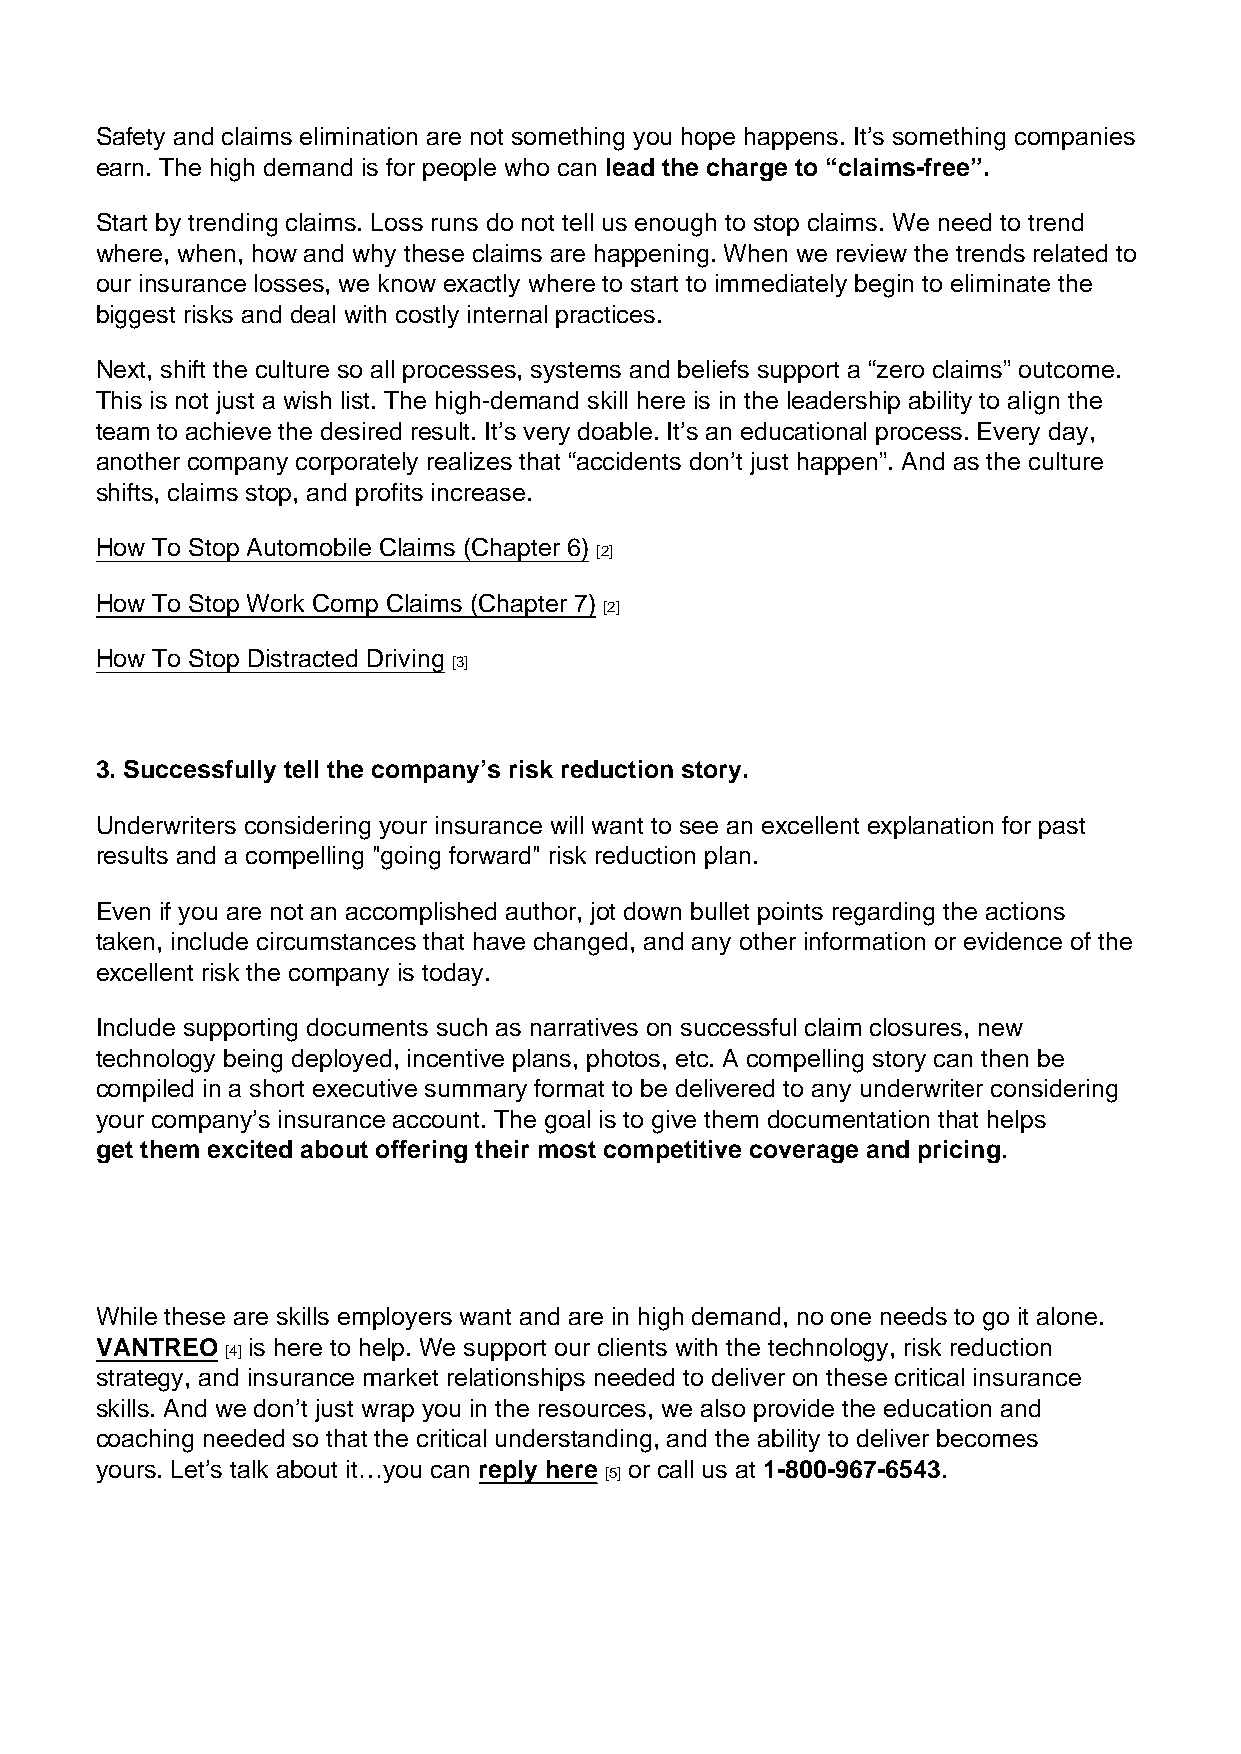
Safety and claims elimination are not something you hope happens. It’s something companies
 earn. The high demand is for people who can lead the charge to “claims-free”.
 Start by trending claims. Loss runs do not tell us enough to stop claims. We need to trend
 where, when, how and why these claims are happening. When we review the trends related to
 our insurance losses, we know exactly where to start to immediately begin to eliminate the
 biggest risks and deal with costly internal practices.
 Next, shift the culture so all processes, systems and beliefs support a “zero claims” outcome.
 This is not just a wish list. The high-demand skill here is in the leadership ability to align the
 team to achieve the desired result. It’s very doable. It’s an educational process. Every day,
 another company corporately realizes that “accidents don’t just happen”. And as the culture
 shifts, claims stop, and profits increase.
 How To Stop Automobile Claims (Chapter 6)
 [2]
 How To Stop Work Comp Claims (Chapter 7)
 [2]
 How To Stop Distracted Driving
 [3]
 3. Successfully tell the company’s risk reduction story.
 Underwriters considering your insurance will want to see an excellent explanation for past
 results and a compelling "going forward" risk reduction plan.
 Even if you are not an accomplished author, jot down bullet points regarding the actions
 taken, include circumstances that have changed, and any other information or evidence of the
 excellent risk the company is today.
 Include supporting documents such as narratives on successful claim closures, new
 technology being deployed, incentive plans, photos, etc. A compelling story can then be
 compiled in a short executive summary format to be delivered to any underwriter considering
 your company’s insurance account. The goal is to give them documentation that helps
 get them excited about offering their most competitive coverage and pricing.
 While these are skills employers want and are in high demand, no one needs to go it alone.
 VANTREO   is here to help. We support our clients with the technology, risk reduction
 [4]
 strategy, and insurance market relationships needed to deliver on these critical insurance
 skills. And we don’t just wrap you in the resources, we also provide the education and
 coaching needed so that the critical understanding, and the ability to deliver becomes
 yours. Let’s talk about it…you can reply here or call us at 1-800-967-6543.
 [5]